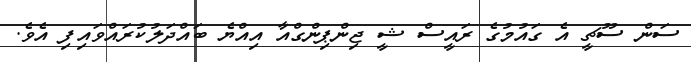
ސަން ސޫޗީ އެ ގައުމުގެ ރައީސް ޝީ ޖިންޕިންގްއާ އިއްޔެ ބައްދަލުކުރައްވައިިފި އެވެ.